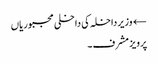
← وزیر داخلہ کی داخلی مجبوریاں
پرویز مشرف۔